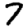
Digit: 7